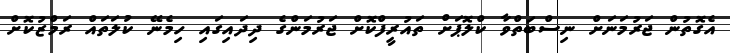
އެގޮތުން ޖަރުމަނަށް ނިސްބަތްވާ ކްލޮޕަށް ތައުރީފްކޮށް ޖަރުމަންގެ ދިދައިގައި ހިމެނޭ ކުލަތައް ރަމްޒުކޮށް